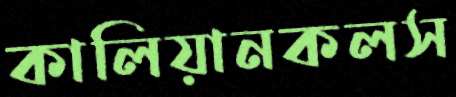
কালিয়ানকলস